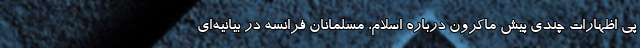
پی اظهارات چندی پیش ماکرون درباره اسلام، مسلمانان فرانسه در بیانیه‌ای